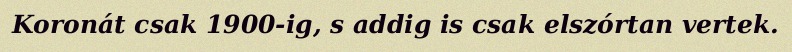
Koronát csak 1900-ig, s addig is csak elszórtan vertek.